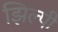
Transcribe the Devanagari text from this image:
झिल्पी